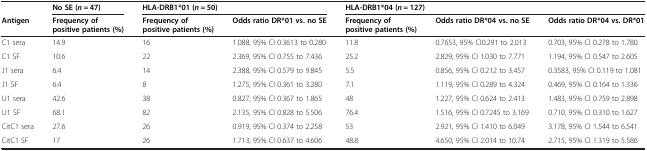
|  | No SE (n = 47) | <COLSPAN=2> HLA-DRB1*01 (n = 50) | <COLSPAN=3> HLA-DRB1*04 (n = 127) |
 | Antigen | Frequency of positive patients (%) | Frequency of positive patients (%) | Odds ratio DR*01 vs. no SE | Frequency of positive patients (%) | Odds ratio DR*04 vs. no SE | Odds ratio DR*04 vs. DR*01 |
 | --- | --- | --- | --- | --- | --- | --- |
 | C1 sera | 14.9 | 16 | 1.088, 95% CI 0.3613 to 0.280 | 11.8 | 0.7653, 95% CI0.291 to 2.013 | 0.703, 95% CI 0.278 to 1.780 |
 | C1 SF | 10.6 | 22 | 2.369, 95% CI 0.755 to 7.436 | 25.2 | 2.829, 95% CI 1.030 to 7.771 | 1.194, 95% CI 0.547 to 2.605 |
 | J1 sera | 6.4 | 14 | 2.388, 95% CI 0.579 to 9.845 | 5.5 | 0.856, 95% CI 0.212 to 3.457 | 0.3583, 95% CI 0.119 to 1.081 |
 | J1 SF | 6.4 | 8 | 1.275, 95% CI 0.361 to 3.280 | 7.1 | 1.119, 95% CI 0.289 to 4.324 | 0.469, 95% CI 0.164 to 1.336 |
 | U1 sera | 42.6 | 38 | 0.827, 95% CI 0.367 to 1.865 | 48 | 1.227, 95% CI 0.624 to 2.413 | 1.483, 95% CI 0.759 to 2.898 |
 | U1 SF | 68.1 | 82 | 2.135, 95% CI 0.828 to 5.506 | 76.4 | 1.516, 95% CI 0.7245 to 3.169 | 0.710, 95% CI 0.310 to 1.627 |
 | CitC1 sera | 27.6 | 26 | 0.919, 95% CI 0.374 to 2.258 | 53 | 2.921, 95% CI 1.410 to 6.049 | 3.178, 95% CI 1.544 to 6.541 |
 | CitC1 SF | 17 | 26 | 1.713, 95% CI 0.637 to 4.606 | 48.8 | 4.650, 95% CI 2.014 to 10.74 | 2.715, 95% CI 1.319 to 5.586 |